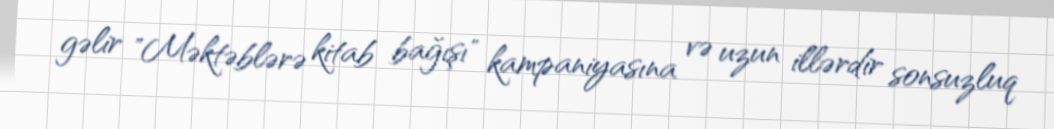
gəlir "Məktəblərə kitab bağışı" kampaniyasına və uzun illərdir sonsuzluq